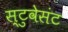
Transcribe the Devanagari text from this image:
स्टुवेसंट